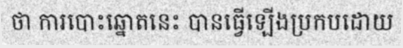
ថា ការបោះឆ្នោតនេះ បានធ្វើឡើងប្រកបដោយ